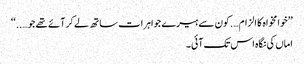
’’خوا مخواہ کا الزام….کون سے ہیرے جواہرات ساتھ لے کر آئے تھے جو…..‘‘
اماں کی نگاہ اس تک آئی۔